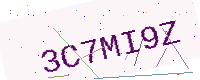
Text: 3C7MI9Z